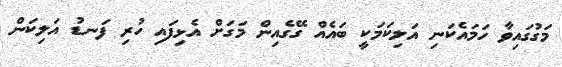
މަގުގައިވާ ހަމައެކަނި އަލިކަމަކީ ބައެއް ގޭގެއިން މަގަށް އެޅިފައި ހުރި ފަނޑު އަލިކަން